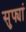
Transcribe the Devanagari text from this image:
सुफ्यां